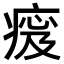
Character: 𤷹